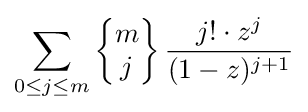
\sum _{0\leq j\leq m}\left\{{\begin{matrix}m\\j\end{matrix}}\right\}{\frac {j!\cdot z^{j}}{(1-z)^{j+1}}}